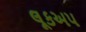
લૂકઅપ